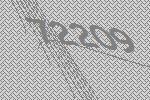
72209